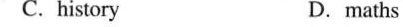
C.history